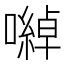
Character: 𡁇